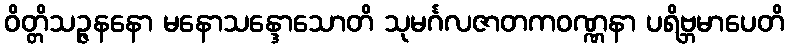
ဝိတ္တိသဉ္ဇနနော မနောသန္ဒောသောတိ သုမင်္ဂလဇာတကဝဏ္ဏနာ ပရိဗ္ဘမာပေတိ